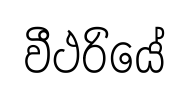
වීථරියේ